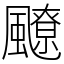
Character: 飉